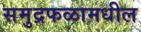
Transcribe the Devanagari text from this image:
समुद्रफळामधील